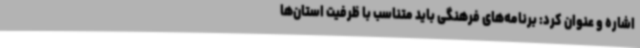
اشاره و عنوان کرد: برنامه‌های فرهنگی باید متناسب با ظرفیت استان‌ها